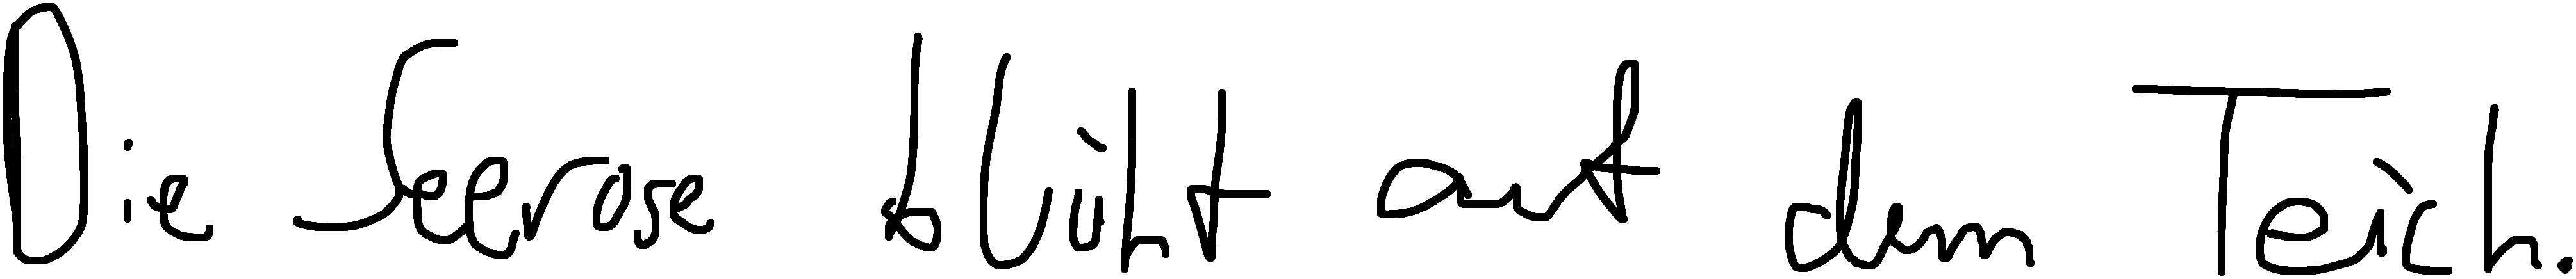
Die Seerose blüht auf dem Teich.